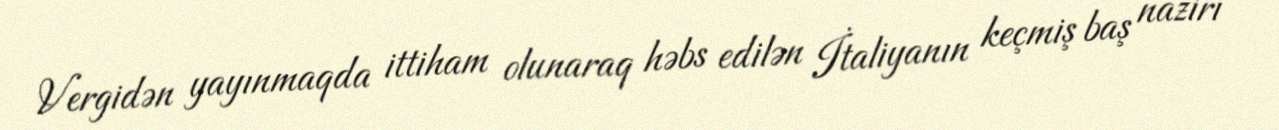
Vergidən yayınmaqda ittiham olunaraq həbs edilən İtaliyanın keçmiş baş naziri